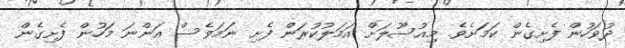
ދުވަހުން ފެށިގެން ކަމަށެވެ. މިއުސޫލަށް އަމަލުކުރަން ފެށި ނަމަވެސް އަންނަ މަހުން ފެށިގެން